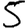
Digit: 5